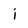
Character: i